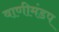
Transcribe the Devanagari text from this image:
वाणीमंडप